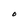
Character: O